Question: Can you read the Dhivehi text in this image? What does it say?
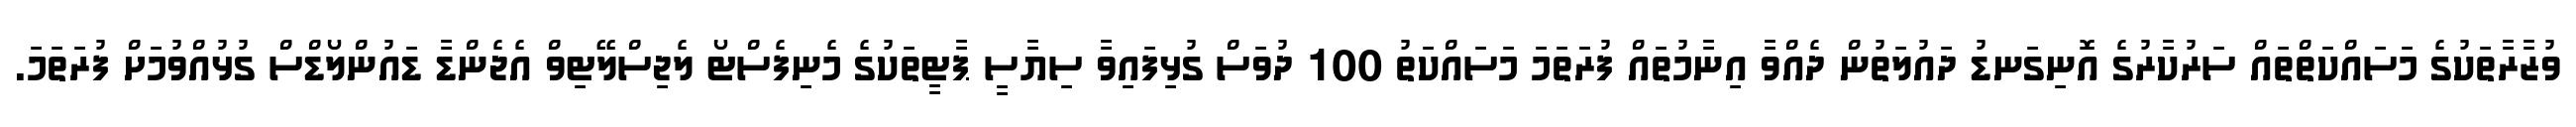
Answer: ވުޒާރާތަކުގެ މަސައްކަތްތައް ސަރުކާރުގެ އޮނިގަނޑު ދައުލަތުން ދެއްވާ އިނާމުތައް ފުރަތަމަ މަސައްކަތު 100 ދުވަސް ގުޅިފައިވާ ސިޔާސީ ޕާޓީތަކުގެ މެނިފެސްޓޯ ލެޖިސްލޭޓިވް އެޖެންޑާ ޑައުންލޯޑްސް ގުޅުއްވުމަށް ފުރަތަމަ.